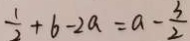
\frac { 1 } { 2 } + b - 2 a = a - \frac { 3 } { 2 }